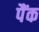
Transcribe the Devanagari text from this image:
पैंक